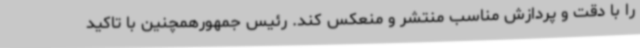
را با دقت و پردازش مناسب منتشر و منعکس کند. رئیس جمهورهمچنین با تاکید